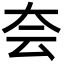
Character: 夽